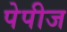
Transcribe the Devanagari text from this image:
पेपीज